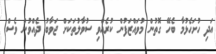
އަދި ހުށަހެޅުމާ ބެހޭ ގޮތުން މުވައްޒަފުން ކުރެއްވި ސުވާލުތަކަށް ޖަވާބު ދެއްވުން ވެސް